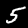
Label: 5